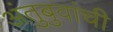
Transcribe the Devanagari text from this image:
अंतुबुवांची